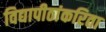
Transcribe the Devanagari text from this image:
विद्यापीठांकरिता